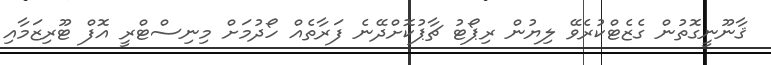
ޤާނޫނީގޮތުން ގެޒެޓްކުރެވޭ ލިޔުން ރިޕޯޓު ޗާޕުކޮށްދޭނެ ފަރާތެއް ހޯދުމަށް މިނިސްޓްރީ އޮފް ޓޫރިޒަމާއި